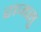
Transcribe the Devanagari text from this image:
राजसु